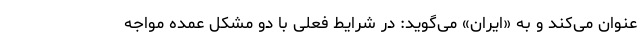
عنوان می‌کند و به «ایران» می‌گوید: در شرایط فعلی با دو مشکل عمده مواجه